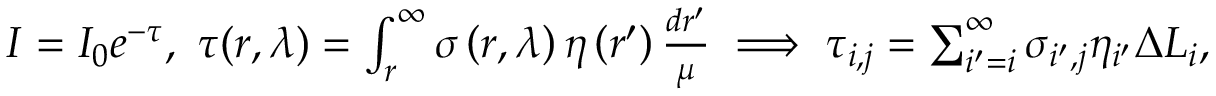
\begin{array} { r } { I = I _ { 0 } e ^ { - \tau } , \ \tau ( r , \lambda ) = \int _ { r } ^ { \infty } \sigma \left( r , \lambda \right) \eta \left( r ^ { \prime } \right) \frac { d r ^ { \prime } } { \mu } \implies \tau _ { i , j } = \sum _ { i ^ { \prime } = i } ^ { \infty } \sigma _ { i ^ { \prime } , j } \eta _ { i ^ { \prime } } \Delta L _ { i } , } \end{array}